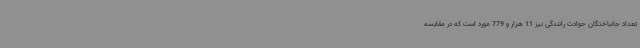
تعداد جانباختگان حوادث رانندگی نیز 11 هزار و 779 مورد است که در مقایسه